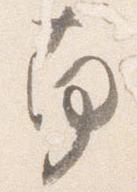
南